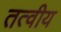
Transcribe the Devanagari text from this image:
तत्‍वीय